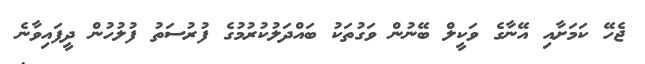
ޖެހޭ ކަމަށާއި އޭނާގެ ވަކީލް ބޭނުން ވަގުތަކު ބައްދަލުކުރުމުގެ ފުރުސަތު ފުލުހުން ދީފައިވާނެ